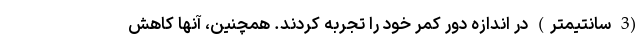
(3 سانتیمتر) در اندازه دور کمر خود را تجربه کردند. همچنین، آنها کاهش